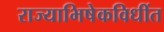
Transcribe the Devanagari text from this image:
राज्याभिषेकविधींत